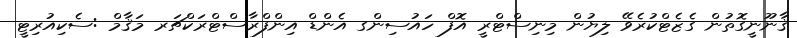
ޤާނޫނީގޮތުން ގެޒެޓްކުރެވޭ ލިޔުން މިނިސްޓްރީ އޮފް ހައުސިންގ އެންޑް އިންފްރާސްޓްރަކްޗަރ މަޤާމް :ސެކިއުރިޓީ